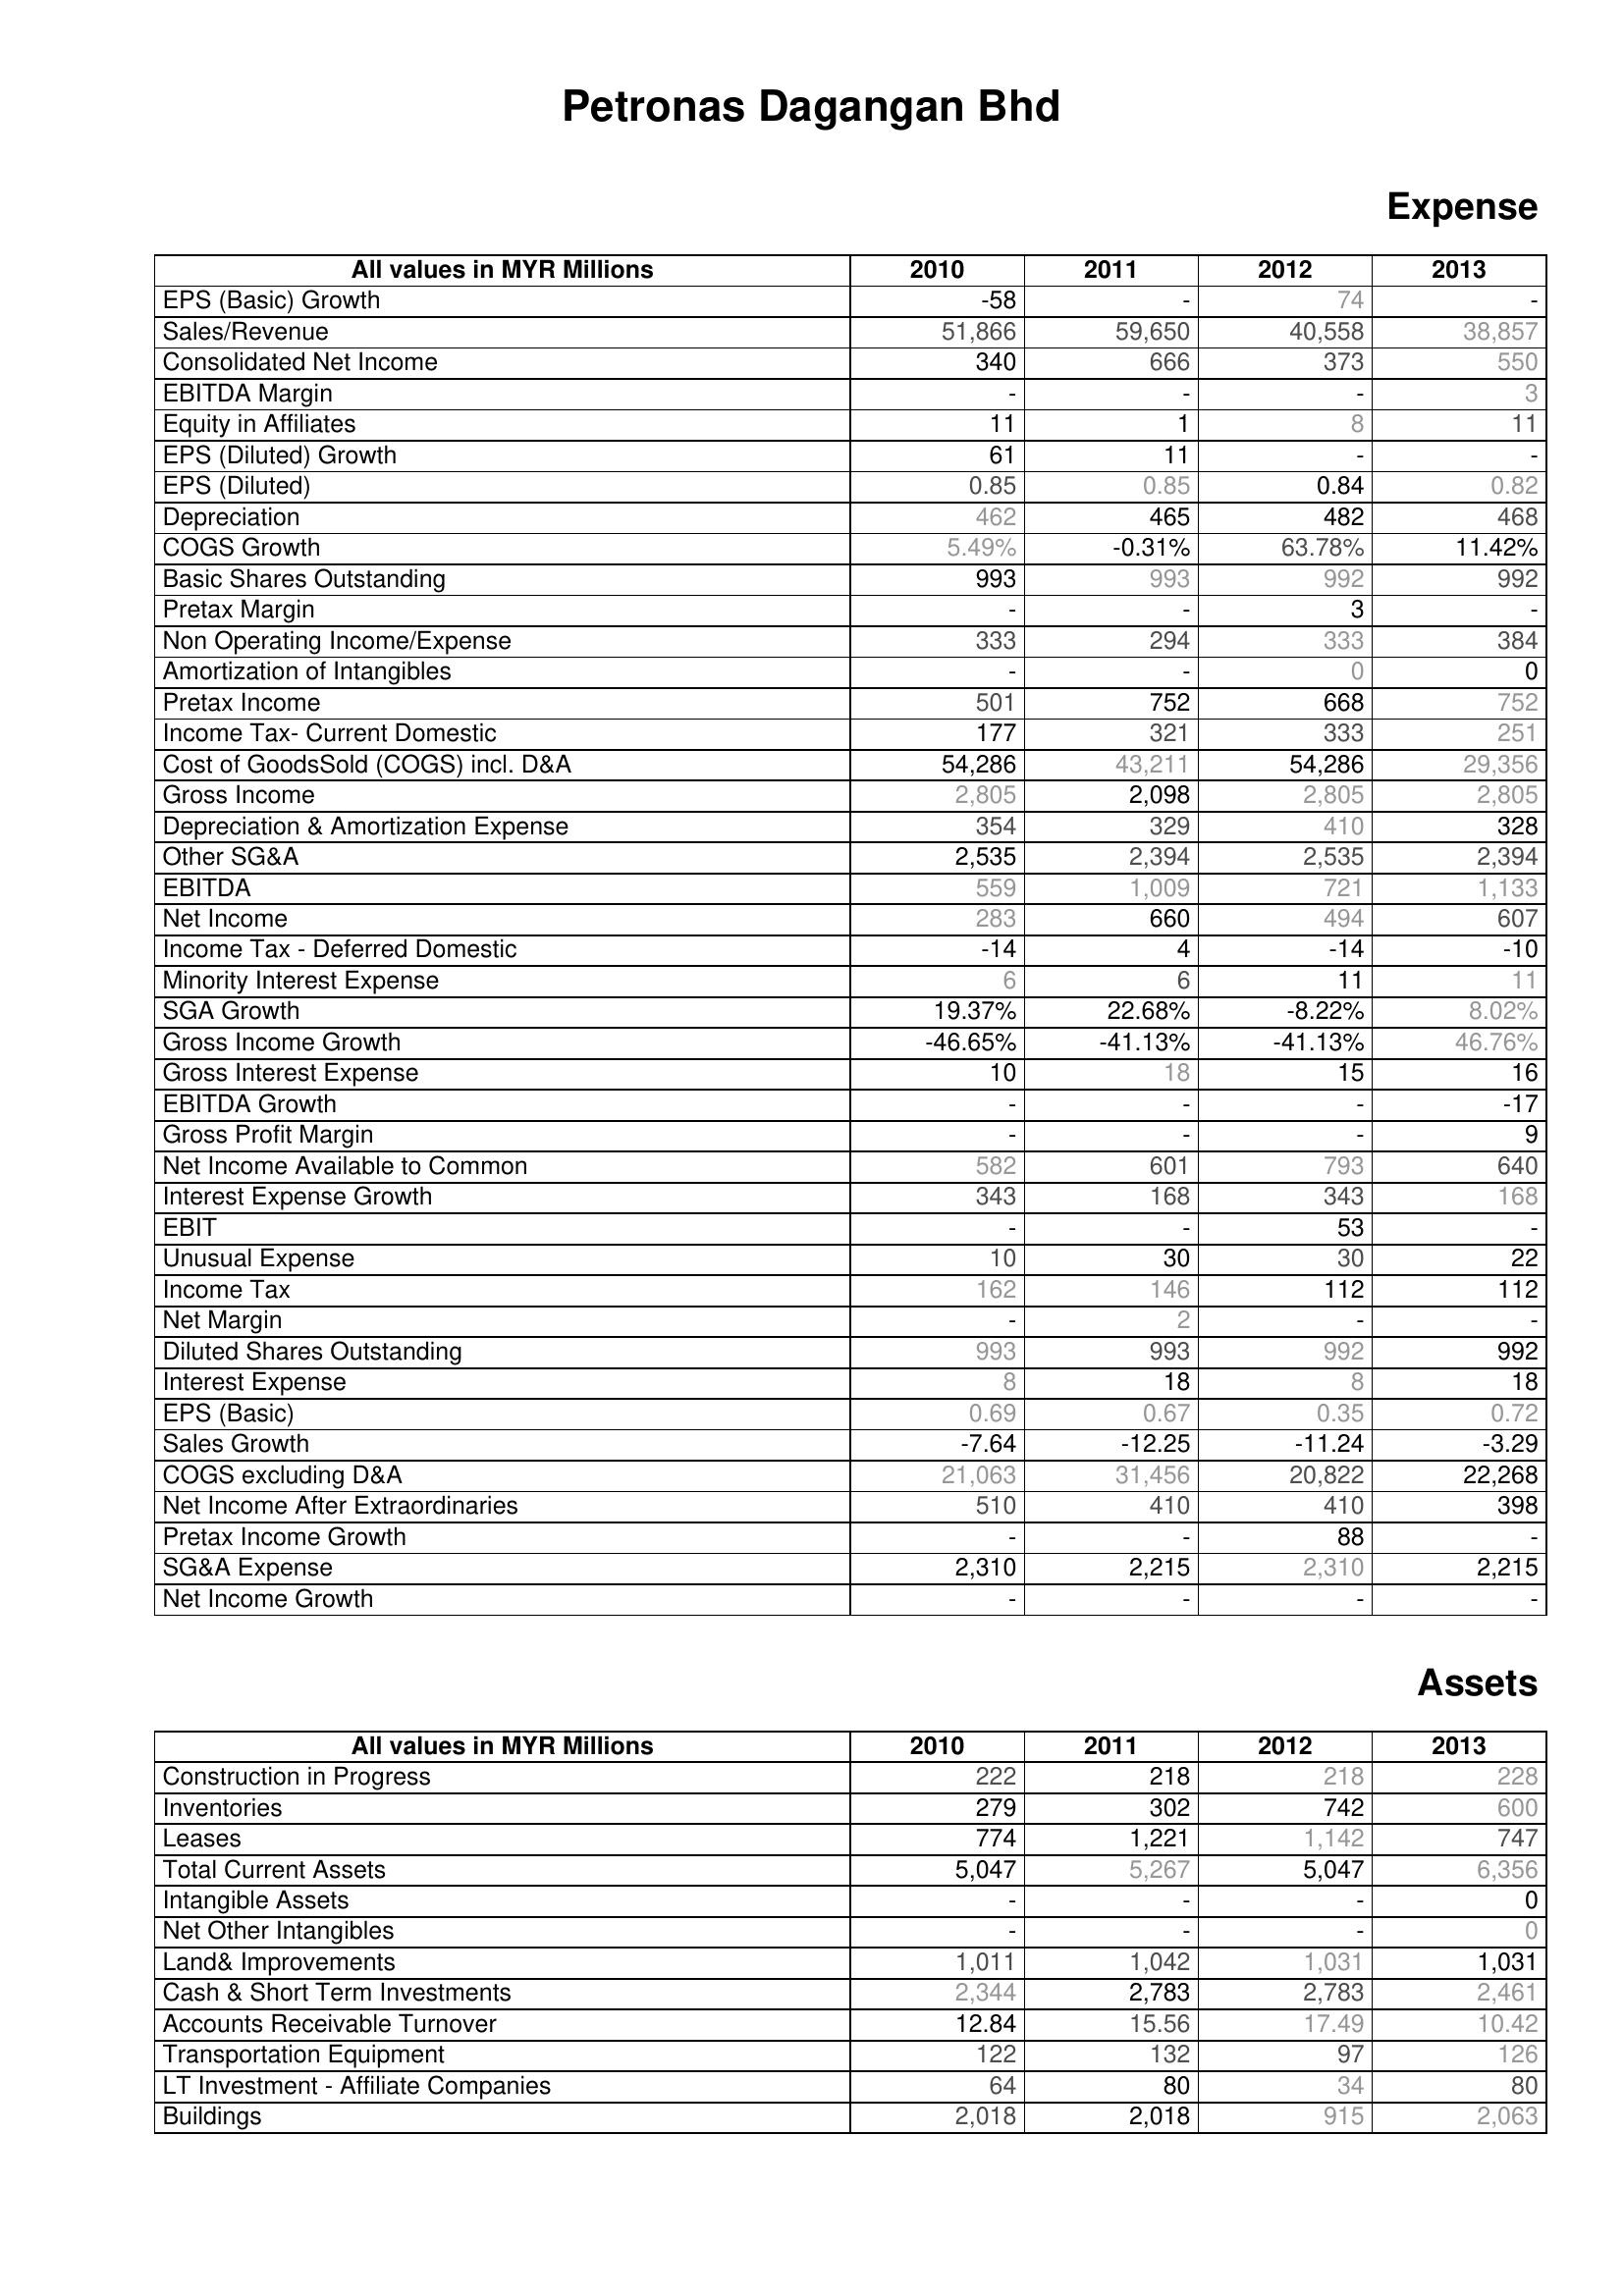
2010: Expense: EPS (Basic) Growth: -58
Sales/Revenue: 51,866
Consolidated Net Income: 340
EBITDA Margin: -
Equity in Affiliates: 11
EPS (Diluted) Growth: 61
EPS (Diluted): 0.85
Depreciation: 462
COGS Growth: 5.49%
Basic Shares Outstanding: 993
Pretax Margin: -
Non Operating Income/Expense: 333
Amortization of Intangibles: -
Pretax Income: 501
Income Tax- Current Domestic: 177
Cost of GoodsSold (COGS) incl. D&A: 54,286
Gross Income: 2,805
Depreciation & Amortization Expense: 354
Other SG&A: 2,535
EBITDA: 559
Net Income: 283
Income Tax - Deferred Domestic: -14
Minority Interest Expense: 6
SGA Growth: 19.37%
Gross Income Growth: -46.65%
Gross Interest Expense: 10
EBITDA Growth: -
Gross Profit Margin: -
Net Income Available to Common: 582
Interest Expense Growth: 343
EBIT: -
Unusual Expense: 10
Income Tax: 162
Net Margin: -
Diluted Shares Outstanding: 993
Interest Expense: 8
EPS (Basic): 0.69
Sales Growth: -7.64
COGS excluding D&A: 21,063
Net Income After Extraordinaries: 510
Pretax Income Growth: -
SG&A Expense: 2,310
Net Income Growth: -
Assets: Construction in Progress: 222
Inventories: 279
Leases: 774
Total Current Assets: 5,047
Intangible Assets: -
Net Other Intangibles: -
Land& Improvements: 1,011
Cash & Short Term Investments: 2,344
Accounts Receivable Turnover: 12.84
Transportation Equipment: 122
LT Investment - Affiliate Companies: 64
Buildings: 2,018
2011: Expense: EPS (Basic) Growth: -
Sales/Revenue: 59,650
Consolidated Net Income: 666
EBITDA Margin: -
Equity in Affiliates: 1
EPS (Diluted) Growth: 11
EPS (Diluted): 0.85
Depreciation: 465
COGS Growth: -0.31%
Basic Shares Outstanding: 993
Pretax Margin: -
Non Operating Income/Expense: 294
Amortization of Intangibles: -
Pretax Income: 752
Income Tax- Current Domestic: 321
Cost of GoodsSold (COGS) incl. D&A: 43,211
Gross Income: 2,098
Depreciation & Amortization Expense: 329
Other SG&A: 2,394
EBITDA: 1,009
Net Income: 660
Income Tax - Deferred Domestic: 4
Minority Interest Expense: 6
SGA Growth: 22.68%
Gross Income Growth: -41.13%
Gross Interest Expense: 18
EBITDA Growth: -
Gross Profit Margin: -
Net Income Available to Common: 601
Interest Expense Growth: 168
EBIT: -
Unusual Expense: 30
Income Tax: 146
Net Margin: 2
Diluted Shares Outstanding: 993
Interest Expense: 18
EPS (Basic): 0.67
Sales Growth: -12.25
COGS excluding D&A: 31,456
Net Income After Extraordinaries: 410
Pretax Income Growth: -
SG&A Expense: 2,215
Net Income Growth: -
Assets: Construction in Progress: 218
Inventories: 302
Leases: 1,221
Total Current Assets: 5,267
Intangible Assets: -
Net Other Intangibles: -
Land& Improvements: 1,042
Cash & Short Term Investments: 2,783
Accounts Receivable Turnover: 15.56
Transportation Equipment: 132
LT Investment - Affiliate Companies: 80
Buildings: 2,018
2012: Expense: EPS (Basic) Growth: 74
Sales/Revenue: 40,558
Consolidated Net Income: 373
EBITDA Margin: -
Equity in Affiliates: 8
EPS (Diluted) Growth: -
EPS (Diluted): 0.84
Depreciation: 482
COGS Growth: 63.78%
Basic Shares Outstanding: 992
Pretax Margin: 3
Non Operating Income/Expense: 333
Amortization of Intangibles: 0
Pretax Income: 668
Income Tax- Current Domestic: 333
Cost of GoodsSold (COGS) incl. D&A: 54,286
Gross Income: 2,805
Depreciation & Amortization Expense: 410
Other SG&A: 2,535
EBITDA: 721
Net Income: 494
Income Tax - Deferred Domestic: -14
Minority Interest Expense: 11
SGA Growth: -8.22%
Gross Income Growth: -41.13%
Gross Interest Expense: 15
EBITDA Growth: -
Gross Profit Margin: -
Net Income Available to Common: 793
Interest Expense Growth: 343
EBIT: 53
Unusual Expense: 30
Income Tax: 112
Net Margin: -
Diluted Shares Outstanding: 992
Interest Expense: 8
EPS (Basic): 0.35
Sales Growth: -11.24
COGS excluding D&A: 20,822
Net Income After Extraordinaries: 410
Pretax Income Growth: 88
SG&A Expense: 2,310
Net Income Growth: -
Assets: Construction in Progress: 218
Inventories: 742
Leases: 1,142
Total Current Assets: 5,047
Intangible Assets: -
Net Other Intangibles: -
Land& Improvements: 1,031
Cash & Short Term Investments: 2,783
Accounts Receivable Turnover: 17.49
Transportation Equipment: 97
LT Investment - Affiliate Companies: 34
Buildings: 915
2013: Expense: EPS (Basic) Growth: -
Sales/Revenue: 38,857
Consolidated Net Income: 550
EBITDA Margin: 3
Equity in Affiliates: 11
EPS (Diluted) Growth: -
EPS (Diluted): 0.82
Depreciation: 468
COGS Growth: 11.42%
Basic Shares Outstanding: 992
Pretax Margin: -
Non Operating Income/Expense: 384
Amortization of Intangibles: 0
Pretax Income: 752
Income Tax- Current Domestic: 251
Cost of GoodsSold (COGS) incl. D&A: 29,356
Gross Income: 2,805
Depreciation & Amortization Expense: 328
Other SG&A: 2,394
EBITDA: 1,133
Net Income: 607
Income Tax - Deferred Domestic: -10
Minority Interest Expense: 11
SGA Growth: 8.02%
Gross Income Growth: 46.76%
Gross Interest Expense: 16
EBITDA Growth: -17
Gross Profit Margin: 9
Net Income Available to Common: 640
Interest Expense Growth: 168
EBIT: -
Unusual Expense: 22
Income Tax: 112
Net Margin: -
Diluted Shares Outstanding: 992
Interest Expense: 18
EPS (Basic): 0.72
Sales Growth: -3.29
COGS excluding D&A: 22,268
Net Income After Extraordinaries: 398
Pretax Income Growth: -
SG&A Expense: 2,215
Net Income Growth: -
Assets: Construction in Progress: 228
Inventories: 600
Leases: 747
Total Current Assets: 6,356
Intangible Assets: 0
Net Other Intangibles: 0
Land& Improvements: 1,031
Cash & Short Term Investments: 2,461
Accounts Receivable Turnover: 10.42
Transportation Equipment: 126
LT Investment - Affiliate Companies: 80
Buildings: 2,063